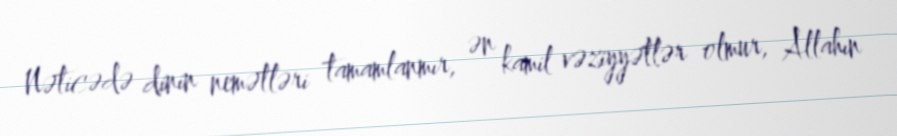
Nəticədə dinin nemətləri tamamlanmır, ən kamil vəziyyətlər olmur, Allahın